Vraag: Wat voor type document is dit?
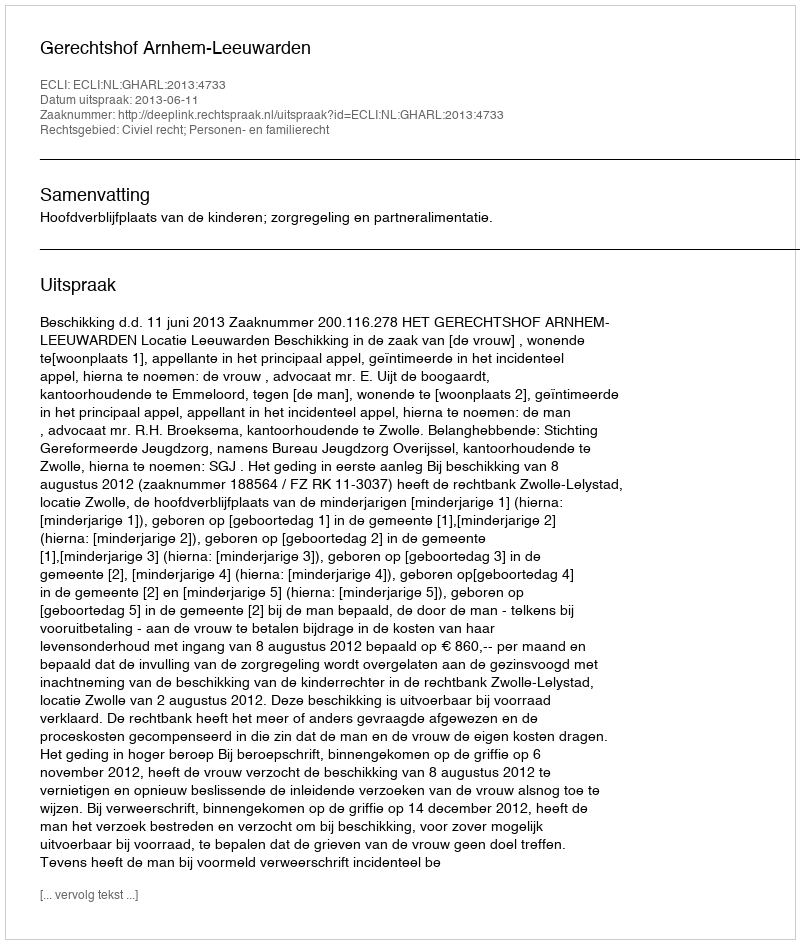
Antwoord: Uitspraak